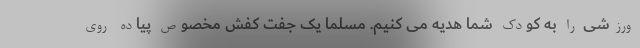
ورزشی را به کودک شما هدیه می کنیم. مسلما یک جفت کفش مخصوص پیاده روی